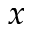
x